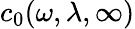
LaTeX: c_{0}(\omega,\lambda,\infty)